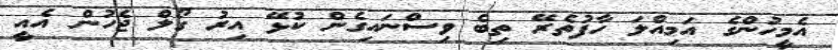
އެމީހުންގެ އަމިއްލަ ހާފުތެރޭ ތިބެ ވިސްނައިގެން ކުޅޭ އިރު ގޯލް ޖެހުން އެއީ